Circular to Secondary Education Committee, 1906
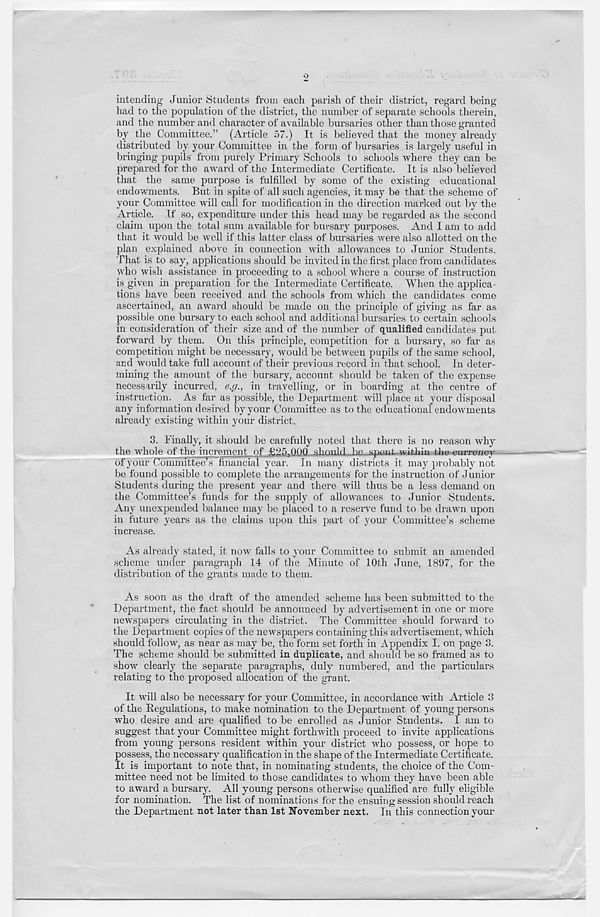
•2
intending Junior Students from each parish of their district, regard being
had to the population of the district, the number of separate schools therein,
and the number and character of available bursaries other than those granted
by the Committee.” (Article 57.) It is believed that the money already
distributed by your Committee in the form of bursaries is largely useful in
bringing pupils from purely Primary Schools to schools where they can be
prepared for the award of the Intermediate Certificate. It is also believed
that the same purpose is fulfilled by some of the existing educational
endowments. But in spite of all such agencies, it may be that the scheme of
your Committee will call for modification in the direction marked out by the
Article. If so, expenditure under this head may be regarded as the second
claim upon the total sum available for bursary purposes. And I am to add
that it would be well if this latter class of bursaries Avere also allotted on the
plan explained above in connection with allowances to Junior Students.
That is to say, applications should be invited in the first place from candidates
who wish assistance in proceeding to a school where a course of instruction
is given in preparation for the Intermediate Certificate. When the applica-
tions have been received and the schools from Avhich the candidates come
ascertained, an award should be made on the principle of giving as far as
possible one bursary to each school and additional bursaries to certain schools
in consideration of their size and of the number of qualified candidates put
forward by them. On this principle, competition for a bursary, so far as
competition might be necessary, would be between pupils of the same school,
and would take full account of their previous record in that school. In deter-
mining the amount of the bursary, account should be taken of the expense
necessarily incurred, e.g., in travelling, or in boarding at the centre of
instruction. As far as possible, the Department will place at your disposal
any information desired by your Committee as to the educational endoAvments
already existing within your district.
3. Finally, it should be carefully noted that there is no reason Avhy
the whole of the increment of £25,000 Jshould ba-spent within the currency
of your Committee’s financial year. In many districts it may probably not
be found possible to complete the arrangements for the instruction of Junior
Students during the present year and there will thus be a less demand on
the Committee’s funds for the supply of alloAvances to Junior Students.
Any unexpended balance may be placed to a reserve fund to be drawn upon
in future years as the claims upon this part of your Committee’s scheme
increase.
As already stated, it now falls to your Committee to submit an amended
scheme under paragraph 14 of the Minute of 10th June, 1897, for the
distribution of the grants made to them.
As soon as the draft of the amended scheme has been submitted to the
Department, the fact should be announced by advertisement in one or more
newspapers circulating in the district. The Committee should forward to
the Department copies of the newspapers containing this advertisement, which
should follow, as near as may be, the form set forth in Appendix I. on page 3.
The scheme should be submitted in duplicate, and should be so framed as to
show clearly the separate paragraphs, duly numbered, and the particulars
relating to the proposed allocation of the grant.
It Avill also be necessary for your Committee, in accordance with Article 3
of the Regulations, to make nomination to the Department of young persons
who desire and are qualified to be enrolled as Junior Students. I am to
suggest that your Committee might forthwith proceed to invite applications
from young persons resident within your district AVIIO possess, or hope to
possess, the necessary qualification in the shape of the Intermediate Certificate.
It is important to note that, in nominating students, the choice of the Com-
mittee need not be limited to those candidates to whom they have been able
to award a bursary. All young persons otherwise qualified are fully eligible
for nomination. The list of nominations for the ensuing session should reach
the Department not later than 1st November next. In this connection your